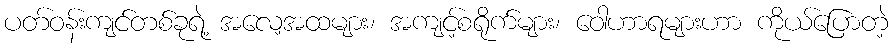
ပတ်ဝန်းကျင်တစ်ခုရဲ့ အလေ့အထများ၊ အကျင့်စရိုက်များ၊ ဝေါဟာရများဟာ ကိုယ်ပြောတဲ့